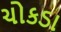
ચોકડા